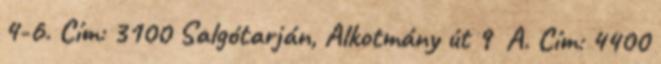
4-6. Cím: 3100 Salgótarján, Alkotmány út 9 A. Cím: 4400